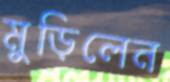
মুড়িলেন